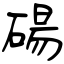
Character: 碭